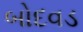
બોદવડ